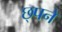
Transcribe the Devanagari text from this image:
छ्पने